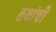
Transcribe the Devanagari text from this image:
तयांची